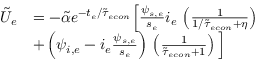
\begin{array} { r l } { \tilde { U } _ { e } } & { = - \tilde { \alpha } e ^ { - t _ { e } / \tilde { \tau } _ { e c o n } } \Big [ \frac { \psi _ { s , e } } { s _ { e } } i _ { e } \, \left( \frac { 1 } { 1 / \tilde { \tau } _ { e c o n } + \eta } \right) } \\ & { + \left( \psi _ { i , e } - i _ { e } \frac { \psi _ { s , e } } { s _ { e } } \right) \, \left( \frac { 1 } { \tilde { \tau } _ { e c o n } + 1 } \right) \Big ] } \end{array}